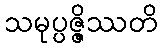
သမုပ္ပဇ္ဇိဿတိ